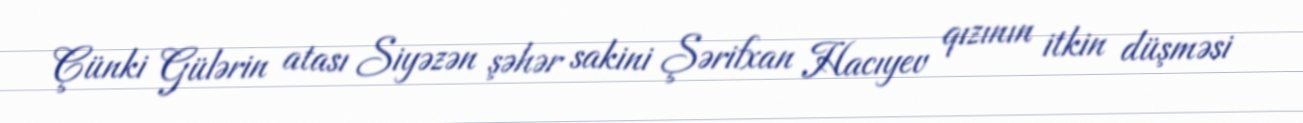
Çünki Gülərin atası Siyəzən şəhər sakini Şərifxan Hacıyev qızının itkin düşməsi